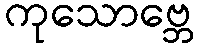
ကုသောဗ္ဘေ